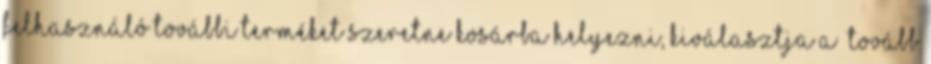
Felhasználó további terméket szeretne kosárba helyezni, kiválasztja a „tovább